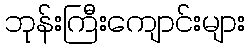
ဘုန်းကြီးကျောင်းများ